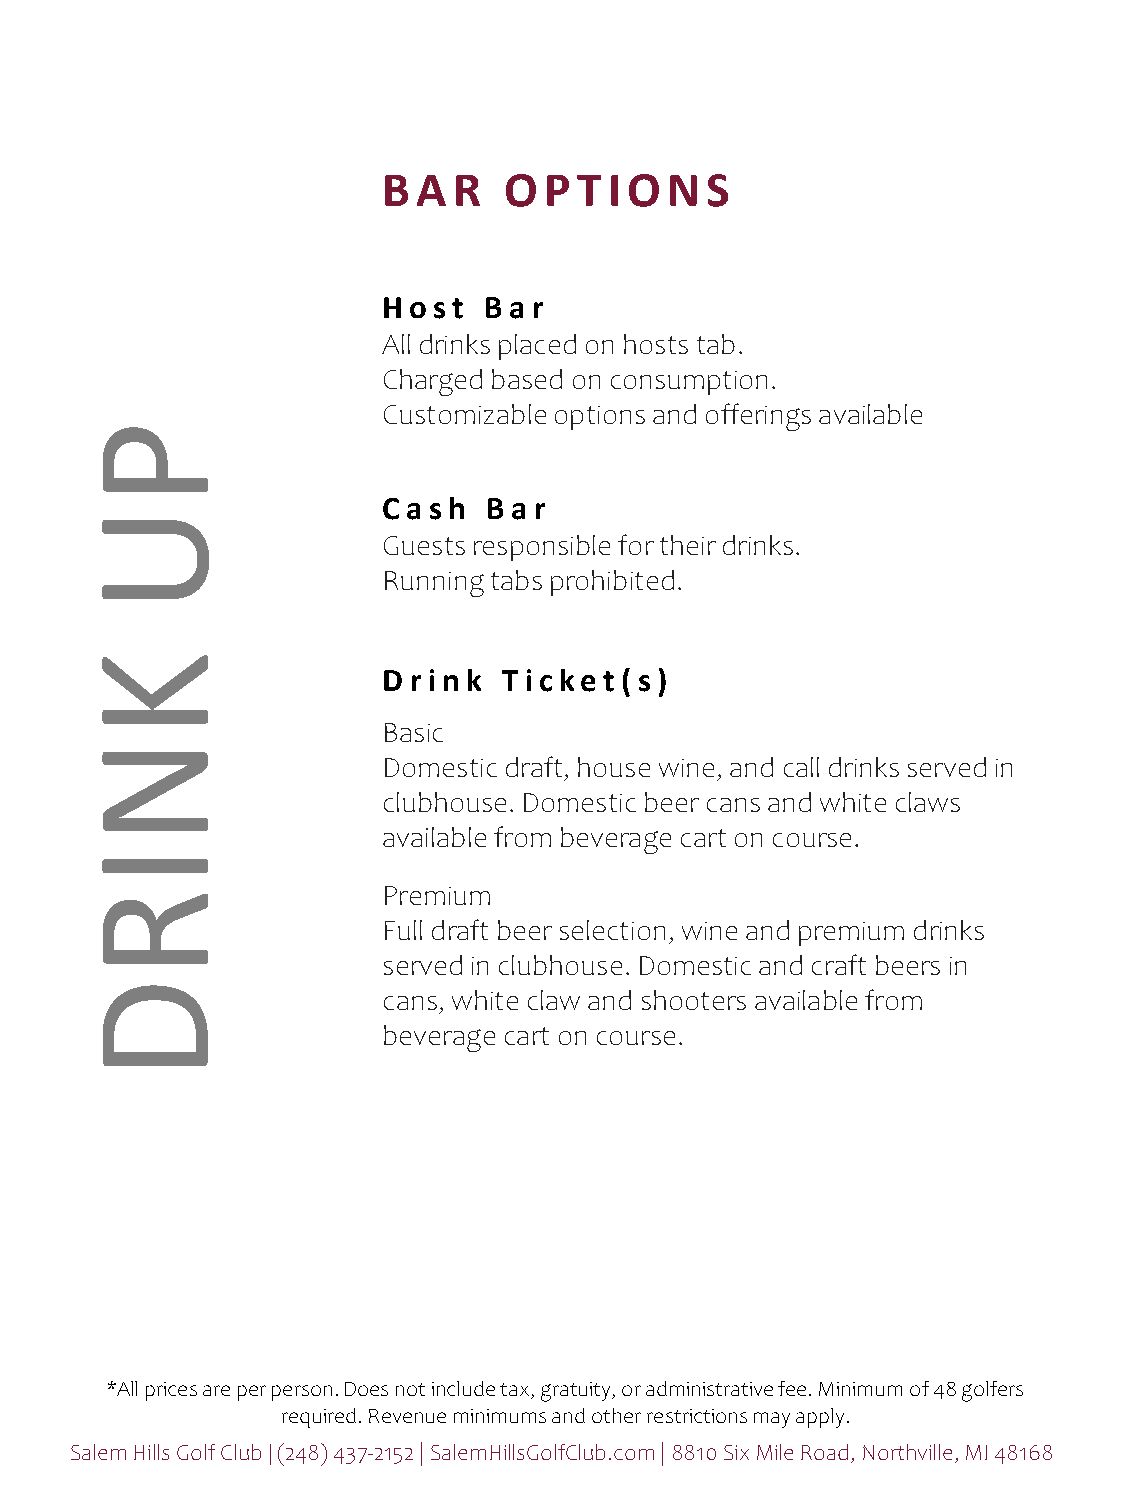
BAR     OPTION        S
 H o st B a r
 All drinks placed on hosts tab.
 Charged based on consumption.
 Customizable options and offerings available
 P
 Ca sh  B a r
 U
 Guests responsible for their drinks.
 Running tabs prohibited.
 K
 D ri nk T i c ket(s)
 Basic
 N
 Domestic draft, house wine, and call drinks served in
 clubhouse. Domestic beer cans and white claws
 available from beverage cart on course.
 I
 R                   Premium
 Full draft beer selection, wine and premium drinks
 served in clubhouse. Domestic and craft beers in
 D
 cans, white claw and shooters available from
 beverage cart on course.
 *All prices are per person. Does not include tax, gratuity, or administrative fee. Minimum of 48 golfers
 required. Revenue minimums and other restrictions may apply.
 Salem Hills Golf Club | (248) 437-2152 | SalemHillsGolfClub.com | 8810 Six Mile Road, Northville, MI 48168